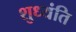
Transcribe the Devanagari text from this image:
शुध्यंति